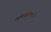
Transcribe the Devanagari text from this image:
खोटरडेपणाही